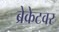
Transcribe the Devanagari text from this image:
ब्रेकेटवर